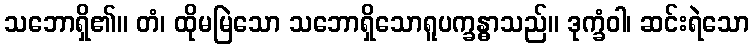
သဘောရှိ၏။ တံ၊ ထိုမမြဲသော သဘောရှိသောရူပက္ခန္ဓာသည်။ ဒုက္ခံဝါ၊ ဆင်းရဲသော